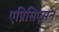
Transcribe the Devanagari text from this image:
एप्रिसिएसन